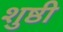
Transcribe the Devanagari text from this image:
शुष्ठी